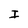
Character: I